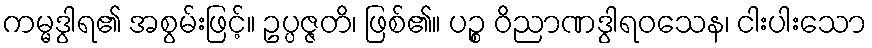
ကမ္မဒွါရ၏ အစွမ်းဖြင့်။ ဥပ္ပဇ္ဇတိ၊ ဖြစ်၏။ ပဉ္စ ဝိညာဏဒွါရဝသေန၊ ငါးပါးသော